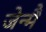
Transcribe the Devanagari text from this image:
जेन्मै